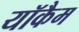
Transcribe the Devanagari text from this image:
यॉकैम